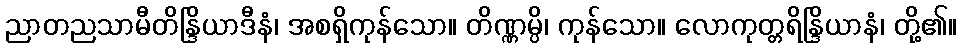
ညာတညသာမီတိန္ဒြိယာဒီနံ၊ အစရှိကုန်သော။ တိဏ္ဏမ္ပိ၊ ကုန်သော။ လောကုတ္တရိန္ဒြိယာနံ၊ တို့၏။